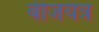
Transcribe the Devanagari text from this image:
बीजयंत्र